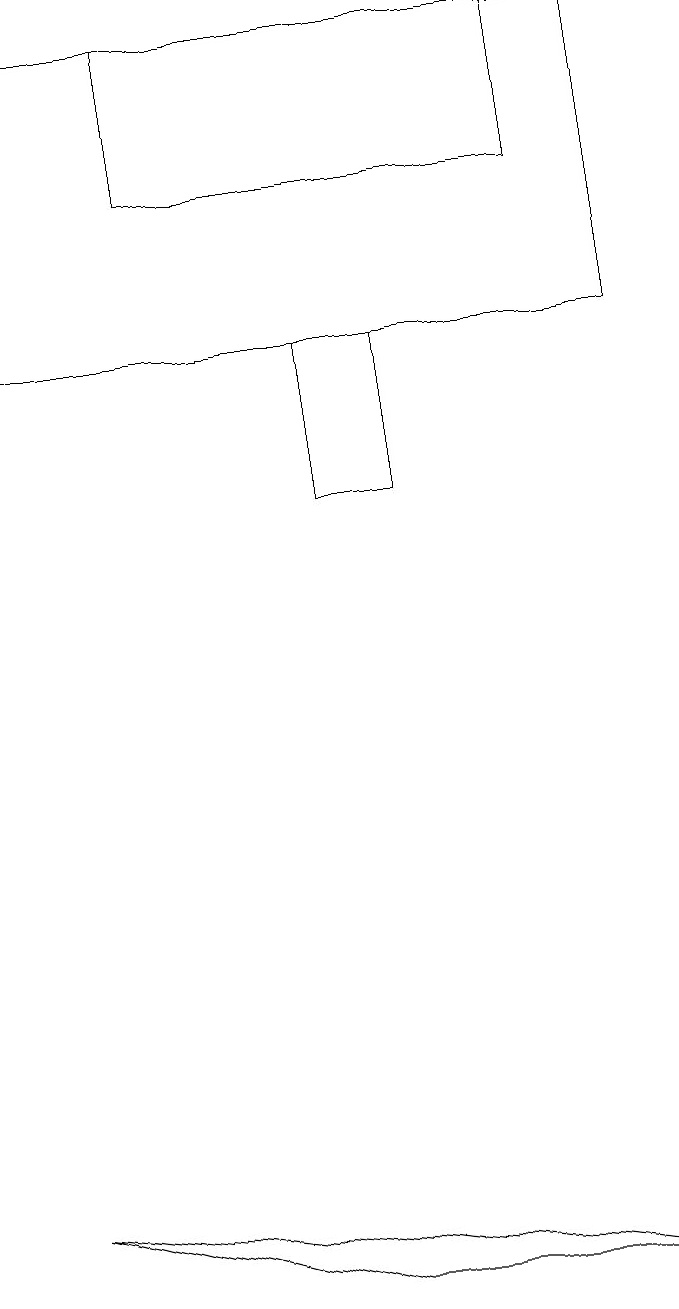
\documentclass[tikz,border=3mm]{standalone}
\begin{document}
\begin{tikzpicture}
\draw (9,18) rectangle (1,14);
\draw (9,2) -- (1,3) -- (5,2) -- cycle;
\draw (5,14) rectangle (6,12);
\draw (3,16) rectangle (8,18);
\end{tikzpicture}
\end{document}